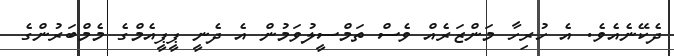
ދެކޭނެއެވެ. އެ ހުރިހާ މަންޒަރެއް ވެސް ތަމްސީލުވަމުން އެ ދެނީ ޕީޕީއެމްގެ މެމްބަރުންގެ